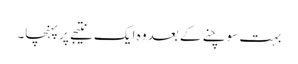
بہت سوچنے کے بعد وہ ایک نتیجے پرپہنچا۔